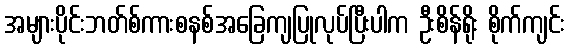
အများပိုင်းဘတ်စ်ကားစနစ်အခြေကျပြုလုပ်ပြီးပါက ဦးစိန်ရိုး စိုက်ကျင်း